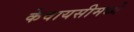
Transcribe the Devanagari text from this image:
केवायसीमध्ये